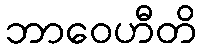
ဘာဝေဟီတိ